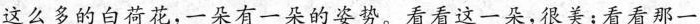
这么多的白荷花，一朵有一朵的姿势。看看这一朵，很美；看看那一